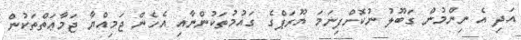
އަދި އެ ނިންމުން ގަބޫލު ނުކޮށްފިނަމަ ޔޫރަޕްގެ ގައުމުތަކުންނާއި އެހެން ޖަމިއްޔާ ޖަމާޢަތްތަކުން